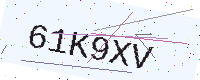
Text: 61K9XV